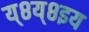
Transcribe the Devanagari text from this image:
य्८य्८इय